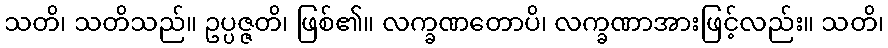
သတိ၊ သတိသည်။ ဥပ္ပဇ္ဇတိ၊ ဖြစ်၏။ လက္ခဏတောပိ၊ လက္ခဏာအားဖြင့်လည်း။ သတိ၊